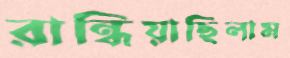
রান্ধিয়াছিলাম